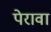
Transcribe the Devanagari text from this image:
पेरावा